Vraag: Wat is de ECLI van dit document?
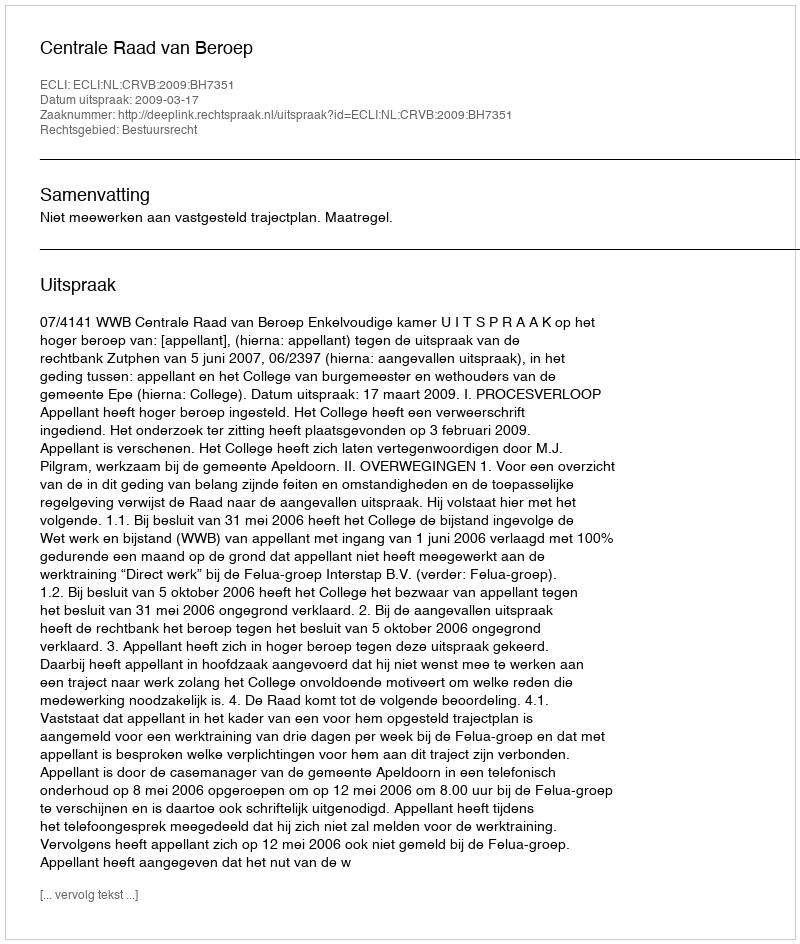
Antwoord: ECLI:NL:CRVB:2009:BH7351